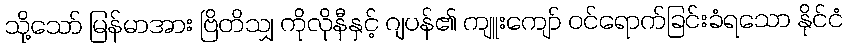
သို့သော် မြန်မာအား ဗြိတိသျှ ကိုလိုနီနှင့် ဂျပန်၏ ကျူးကျော် ဝင်ရောက်ခြင်းခံရသော နိုင်ငံ